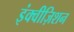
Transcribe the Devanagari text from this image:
इंक्वीज़िशन